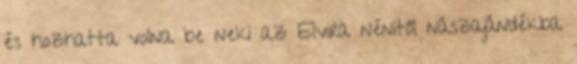
és hozhatta volna be neki az Elvira nénitől nászajándékba